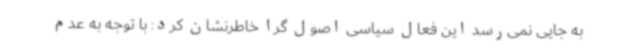
به جایی نمی‌رسد این فعال سیاسی اصول گرا خاطرنشان کرد: با توجه به عدم